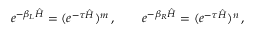
e ^ { - \beta _ { L } \hat { H } } = ( e ^ { - \tau \hat { H } } ) ^ { m } \, , \qquad e ^ { - \beta _ { R } \hat { H } } = ( e ^ { - \tau \hat { H } } ) ^ { n } \, ,